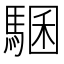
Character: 𩤁